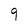
Character: 9